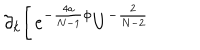
LaTeX: \partial _ { k } \biggl [ \, e ^ { - \frac { 4 a } { N - 1 } \phi } U ^ { - \frac { 2 } { N - 2 } }